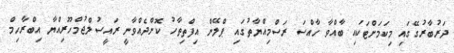
ދަރުބާރުގޭގައި މިކަމަށްޓަކައި ބާއްވާ ހާއްސަ ރަސްމިއްޔާތުގައި ޕްލޭން އިފްތިތާހު ކޮށްދެއްވާނީ ރައީސުލްޖުމްހޫރިއްޔާ އިބްރާހިމް